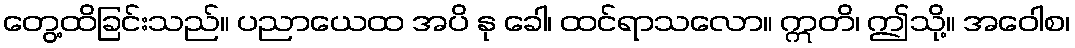
တွေ့ထိခြင်းသည်။ ပညာယေထ အပိ နု ခေါ၊ ထင်ရာသလော။ ဣတိ၊ ဤသို့။ အဝေါစ၊